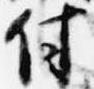
付